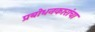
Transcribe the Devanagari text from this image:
प्रबोधनकारांचा